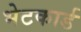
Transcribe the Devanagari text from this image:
भेटकार्ड